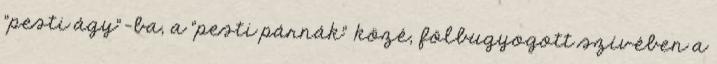
"pesti ágy"-ba, a "pesti párnák" közé, fölbugyogott szívében a